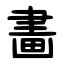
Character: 畵